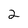
Character: 2